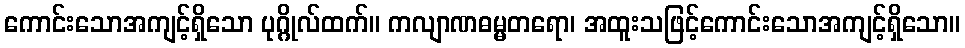
ကောင်းသောအကျင့်ရှိသော ပုဂ္ဂိုလ်ထက်။ ကလျာဏဓမ္မတရော၊ အထူးသဖြင့်ကောင်းသောအကျင့်ရှိသော။